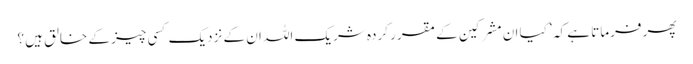
پھر فرماتا ہے کہ ’ کیا ان مشرکین کے مقرر کردہ شریک اللہ ان کے نزدیک کسی چیز کے خالق ہیں ؟